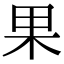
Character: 果